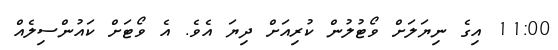
11:00 އިގެ ނިޔަލަށް ވޯޓުލުން ކުރިއަށް ދިޔަ އެވެ. އެ ވޯޓަށް ކައުންސިލެއް